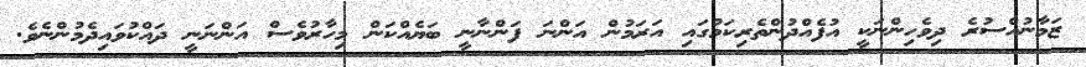
ޒަމާނުއްސުރެ ދިވެހިންނަކީ އުފެއްދުންތެރިކަމުގައި އަރަމުން އަންނަ ފަންނާނީ ބަޔެއްކަން މިހާރުވެސް އަންނަނީ ދައްކުވައިދެމުންނެވެ.